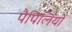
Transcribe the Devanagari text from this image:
पैपिलियों